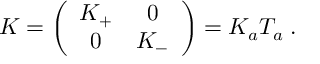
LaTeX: K = \left( \begin{array} { c c } { { K _ { + } } } & { { 0 } } \\ { { 0 } } & { { K _ { - } } } \end{array} \right) = K _ { a } T _ { a } \; .